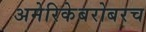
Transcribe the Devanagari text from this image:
अमेरिकेबरोबरच